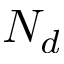
N _ { d }